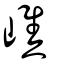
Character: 嶕